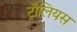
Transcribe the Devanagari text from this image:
ट्रौलियस